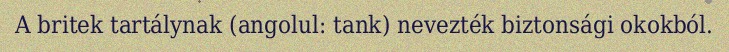
A britek tartálynak (angolul: tank) nevezték biztonsági okokból.